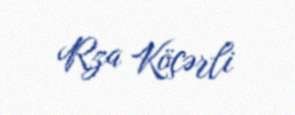
Rza Köçərli